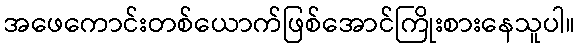
အဖေကောင်းတစ်ယောက်ဖြစ်အောင်ကြိုးစားနေသူပါ။